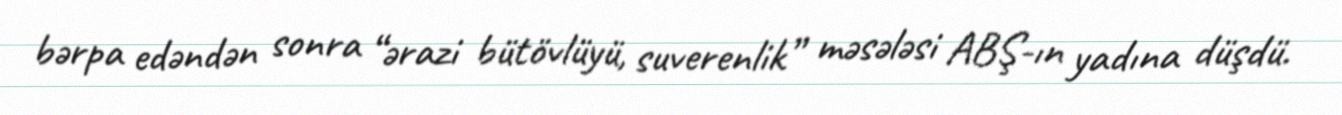
bərpa edəndən sonra “ərazi bütövlüyü, suverenlik” məsələsi ABŞ-ın yadına düşdü.